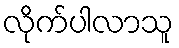
လိုက်ပါလာသူ